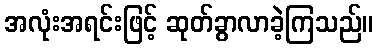
အလုံးအရင်းဖြင့် ဆုတ်ခွာလာခဲ့ကြသည်။